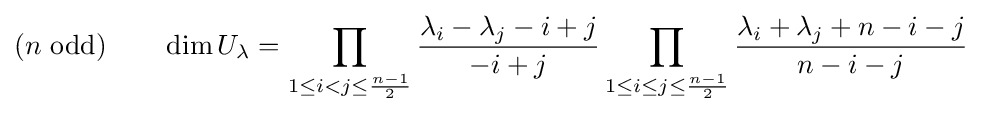
(n{\text{ odd}})\qquad \dim U_{\lambda }=\prod _{1\leq i<j\leq {\frac {n-1}{2}}}{\frac {\lambda _{i}-\lambda _{j}-i+j}{-i+j}}\prod _{1\leq i\leq j\leq {\frac {n-1}{2}}}{\frac {\lambda _{i}+\lambda _{j}+n-i-j}{n-i-j}}